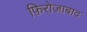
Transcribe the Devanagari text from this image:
फ़िरोजाबाद